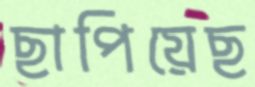
ছাপিয়েছ